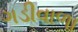
ગડીવાળા